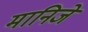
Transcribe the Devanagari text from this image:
मानिजे